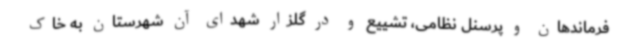
فرماندهان و پرسنل نظامی، تشییع و در گلزار شهدای آن شهرستان به خاک